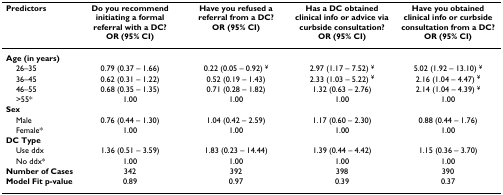
| Predictors | Do you recommend initiating a formal referral with a DC?OR (95% CI) | Have you refused a referral from a DC?OR (95% CI) | Has a DC obtained clinical info or advice via curbside consultation?OR (95% CI) | Have you obtained clinical info or curbside consultation from a DC?OR (95% CI) |
 | --- | --- | --- | --- | --- |
 | Age (in years) |  |  |  |  |
 | 26–35 | 0.79 (0.37 – 1.66) | 0.22 (0.05 – 0.92) ¥ | 2.97 (1.17 – 7.52) ¥ | 5.02 (1.92 – 13.10) ¥ |
 | 36–45 | 0.62 (0.31 – 1.22) | 0.52 (0.19 – 1.43) | 2.33 (1.03 – 5.22) ¥ | 2.16 (1.04 – 4.47) ¥ |
 | 46–55 | 0.68 (0.35 – 1.35) | 0.71 (0.28 – 1.82) | 1.32 (0.63 – 2.76) | 2.14 (1.04 – 4.39) ¥ |
 | >55* | 1.00 | 1.00 | 1.00 | 1.00 |
 | Sex |  |  |  |  |
 | Male | 0.76 (0.44 – 1.30) | 1.04 (0.42 – 2.59) | 1.17 (0.60 – 2.30) | 0.88 (0.44 – 1.76) |
 | Female* | 1.00 | 1.00 | 1.00 | 1.00 |
 | DC Type |  |  |  |  |
 | Use ddx | 1.36 (0.51 – 3.59) | 1.83 (0.23 – 14.44) | 1.39 (0.44 – 4.42) | 1.15 (0.36 – 3.70) |
 | No ddx* | 1.00 | 1.00 | 1.00 | 1.00 |
 | Number of Cases | 342 | 392 | 398 | 390 |
 | Model Fit p-value | 0.89 | 0.97 | 0.39 | 0.37 |